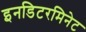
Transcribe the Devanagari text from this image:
इनडिटरमिनेट